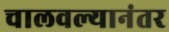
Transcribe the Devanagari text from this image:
चालवल्यानंतर